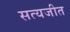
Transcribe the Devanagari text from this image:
सत्‍यजीत